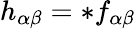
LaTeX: h_{\alpha\beta}=*f_{\alpha\beta}